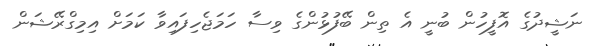
ނަޝީދުގެ އޮފީހުން ބުނީ އެ ތިން ބޭފުޅުންގެ ވިސާ ހަމަޖެހިފައިވާ ކަމަށް އިމިގްރޭޝަން